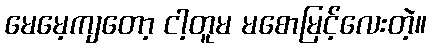
မေမေ့ကျတော့ ငါ့တူမ မစောမြင့်လေးတဲ့။